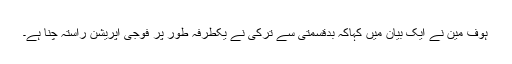
ہوف مین نے ایک بیان میں کہاکہ بدقسمتی سے ترکی نے یکطرفہ طور پر فوجی آپریشن راستہ چنا ہے۔